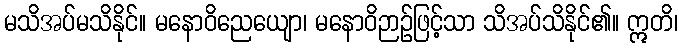
မသိအပ်မသိနိုင်။ မနောဝိညေယျော၊ မနောဝိဉာဉ်ဖြင့်သာ သိအပ်သိနိုင်၏။ ဣတိ၊